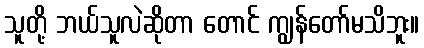
သူတို့ ဘယ်သူလဲဆိုတာ တောင် ကျွန်တော်မသိဘူး။